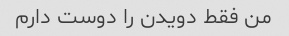
من فقط دویدن را دوست دارم